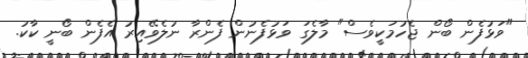
"ވަޅުފެން ބޯން ޖެހުމަކީވެސް" މާލެގަ ވަޅުފެނުން ފެންރާ ނުލެވޭއިރު އެފެން ބޯނީ ކާކު.